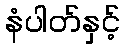
နံပါတ်နှင့်